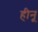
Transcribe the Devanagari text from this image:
हीनू